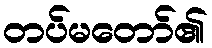
တပ်မတော်၏